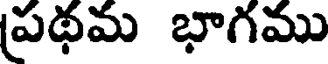
ప్రథమ భాగము